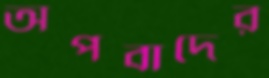
অপবাদের